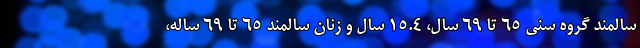
سالمند گروه سنی ۶۵ تا ۶۹ سال، ۱۵.۴ سال و زنان سالمند ۶۵ تا ۶۹ ساله،